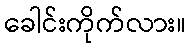
ခေါင်းကိုက်လား။